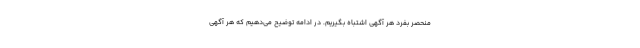
منحصر بفرد هر آگهی اشتباه بگیریم. در ادامه توضیح می‌دهیم که هر آگهی